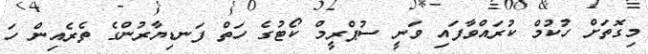
މިގޮތަށް ހުކުމް ކުރައްވާފައި ވަނީ ސުޕްރީމް ކޯޓުގެ ހަތް ފަނޑިޔާރުންގެ ތެރެއިން ހަ